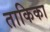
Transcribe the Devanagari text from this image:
ताकिका